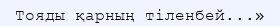
Тояды қарның тіленбей...»